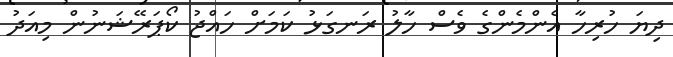
ދިޔަ ހުރިހާ އެންމެންގެ ވެސް ހާލު ރަނގަޅު ކަމަށް ހައްޖު ކޯޕަރޭޝަނުން މިއަދު